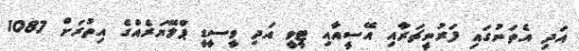
އަދި އެތަނުގައި ފަރުނީޗަރާއި އޭސީއާއި ޓީވީ އަދި ވީސީޑީ ޕްލޭޔަރެއްގެ އިތުރަށް 1087